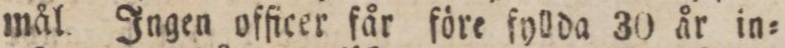
mål. Ingen officer får före fyllda 30 år in=